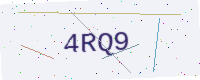
Text: 4RQ9